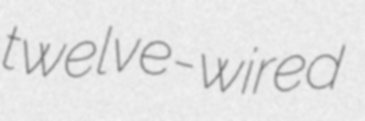
twelve-wired